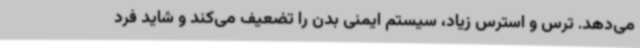
می‌دهد. ترس و استرس زیاد، سیستم ایمنی بدن را تضعیف می‌کند و شاید فرد